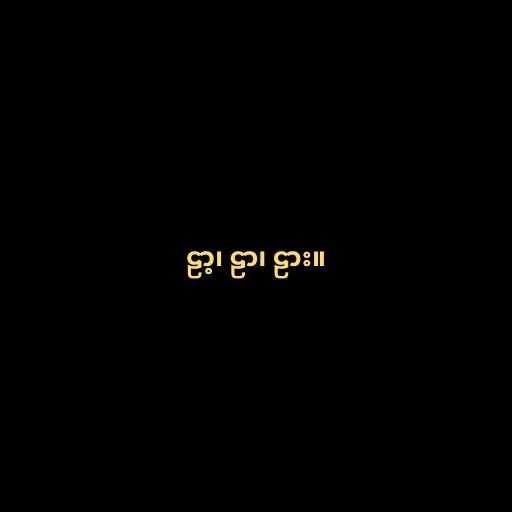
ဠာ့၊ ဠာ၊ ဠား။